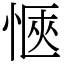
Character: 愜